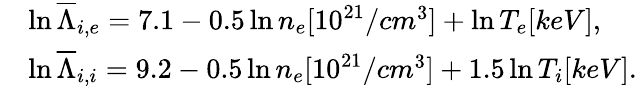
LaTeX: \begin{array}{rl}&{\ln{{\overline{{\Lambda}}}_{i,e}}=7.1-0.5\ln{{n}_{e}}[{{10}^{21}}/c{{m}^{3}}]+\ln{{T}_{e}}[keV],}\\ &{\ln{{\overline{{\Lambda}}}_{i,i}}=9.2-0.5\ln{{n}_{e}}[{{10}^{21}}/c{{m}^{3}}]+1.5\ln{{T}_{i}}[keV].}\end{array}